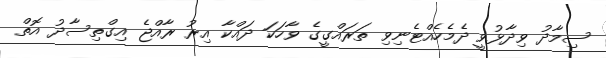
ސިމާދު ވިދާޅުވީ ދެމެހެއްޓެނިވި ތަރައްގީގެ ވާހަކަ ދައްކާ އިރު ރާއްޖެ އިގްތިސާދު އޮތް